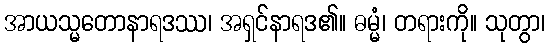
အာယသ္မတောနာရဒဿ၊ အရှင်နာရဒ၏။ ဓမ္မံ၊ တရားကို။ သုတွာ၊